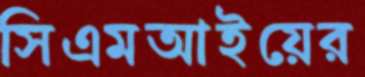
সিএমআইয়ের